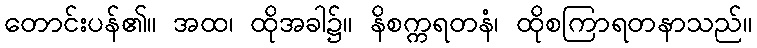
တောင်းပန်၏။ အထ၊ ထိုအခါ၌။ နိစက္ကရတနံ၊ ထိုစကြာရတနာသည်။